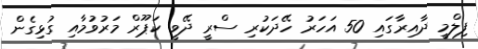
ފިލްމީ ދާއިރާގައި 50 އަހަރު ހޭދަކުރި ސްރީ ދޭވީ ކަޕޫރް މަރުވުމާއި ގުޅިގެން